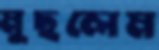
মুছলেম